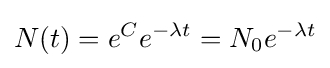
N(t)=e^{C}e^{-\lambda t}=N_{0}e^{-\lambda t}